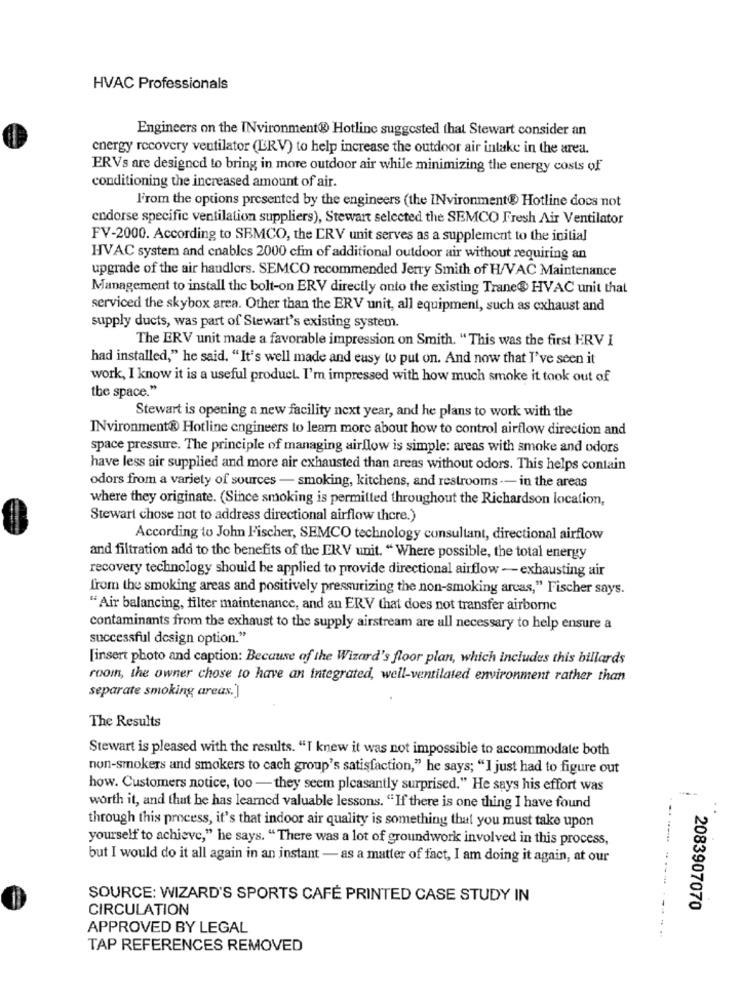
HVAC Professionals
Engineers on the INvironment® Hotline suggested that Stewart consider an
energy recovery ventilator (ERV) to help increase the outdoor air intake in the area.
ERVs are designed to bring in more outdoor air while minimizing the energy costs of
conditioning the increased amount of air.
F'rom the options presented by the engineers (the INvironment@ Hotline docs not
endorse specific ventilation suppliers), Stewart selected the SEMCO Fresh Air Ventilator
FV-2000. According to SEMCO, the ERV unit serves as a supplement to the initial
HVAC system and cnables 2000 cfm of additional outdoor air without requiring an
upgrade of the air handlers. SEMCO recommended Jerry Smith of H/VAC Maintenance
Management to install the bolt-on ERV directly onto the existing Trane@ HVAC unit that
serviced the skybox area. Other than the ERV unit, all equipment, such as exhaust and
supply ducts, was part of Stewart's existing system.
The ERV unit made a favorable impression on Smith. "This was the first ERV I
had installed," he said. "It's well made and easy to put on. And now that I've seen it
work, I know it is a useful product. I'm impressed with how much smoke it took out of
the space."
Stewart is opening a new facility next year, and he plans to work with the
INvironment® Hotline engineers to learn more about how to control airflow direction and
space pressure. The principle of managing airflow is simple: areas with smoke and odors
have less air supplied and more air exhausted than areas without odors. This helps contain
odors from a variety of sources - smoking, kitchens, and restrooms -- in the areas
where they originate. (Since smoking is permitted throughout the Richardson location,
Stewart chose not to address directional airflow there.)
According to John Fischer, SEMCO technology consultant, directional airflow
and filtration add to the benefits of the ERV unit. "Where possible, the total energy
recovery technology should be applied to provide directional airflow - exhausting air
from the smoking areas and positively pressurizing the non-smoking areas," Fischer says.
"Air balancing, filter maintenance, and an ERV that does not transfer airborne
contaminants from the exhaust to the supply airstream are all necessary to help ensure a
successful design option."
[insert photo and caption: Because of the Wizard's floor plan, which includes this billards
room, the owner chose to have an integrated, well-ventilated environment rather than
separate smoking areas.]
The Results
Stewart is pleased with the results. "I knew it was not impossible to accommodate both
non-smokers and smokers to cach group's satisfaction," he says; "I just had to figure out
how. Customers notice, too - they seem pleasantly surprised." He says his effort was
worth it, and that he has learned valuable lessons. "If there is one thing I have found
through this process, it's that indoor air quality is something that you must take upon
yourself to achieve," he says. "There was a lot of groundwork involved in this process,
but I would do it all again in an instant - as a matter of fact, I am doing it again, at our
--- ----
SOURCE: WIZARD'S SPORTS CAFE PRINTED CASE STUDY IN
CIRCULATION
2083907070
APPROVED BY LEGAL
TAP REFERENCES REMOVED